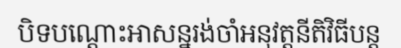
បិទបណ្តោះអាសន្នរង់ចាំអនុវត្តនីតិវិធីបន្ត